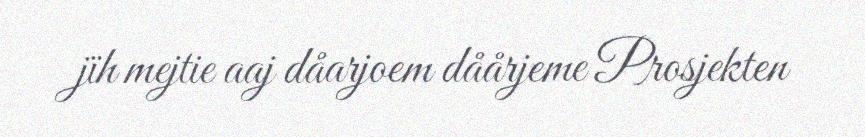
jïh mejtie aaj dåarjoem dåårjeme Prosjekten